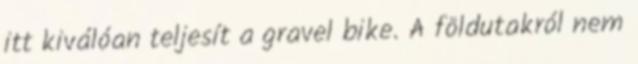
itt kiválóan teljesít a gravel bike. A földutakról nem